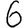
Digit: 6